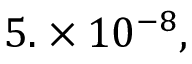
5 . \times 1 0 ^ { - 8 } ,